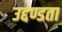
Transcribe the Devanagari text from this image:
उद्दण्डता